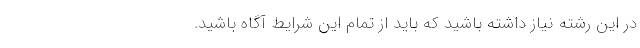
در این رشته نیاز داشته باشید که باید از تمام این شرایط آگاه باشید.